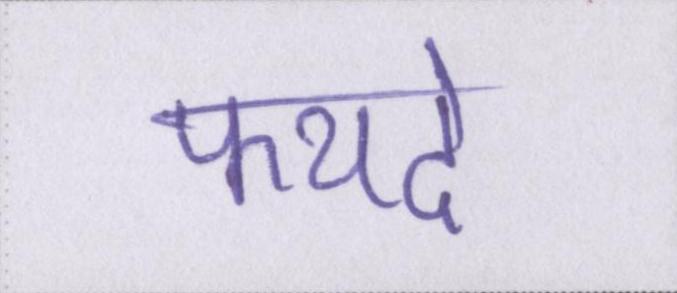
फयदे